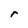
Character: r